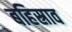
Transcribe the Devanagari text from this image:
बहिस्राव